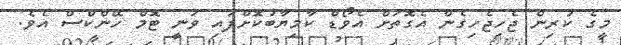
މީގެ ކުރިން ޖެހިޖެހިގެން އެގޮތަށް އެވޯޑް ކާމިޔާބުކޮށްފައި ވަނީ ޓޮމް ހޭންކްސް އެވެ.